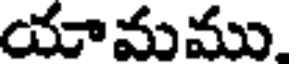
యామము.